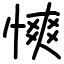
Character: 慡